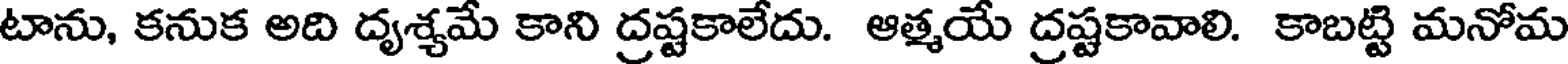
టాను, కనుక అది దృశ్యమే కాని ద్రష్టకాలేదు. ఆత్మయే ద్రష్టకావాలి. కాబట్టి మనోమ